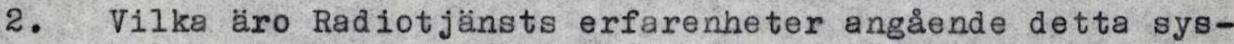
2. Vilka äro Radiotjänsts erfarenheter angående detta sys-